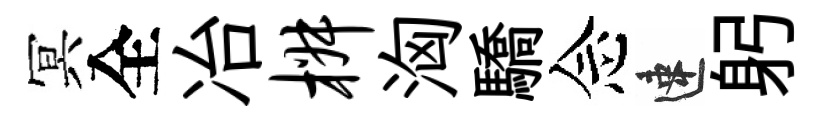
冥全冶椒洶驕念速躬